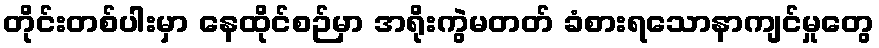
တိုင်းတစ်ပါးမှာ နေထိုင်စဉ်မှာ အရိုးကွဲမတတ် ခံစားရသောနာကျင်မှုတွေ